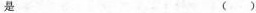
是 ()